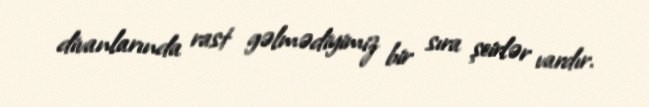
divanlarında rast gəlmədiyimiz bir sıra şeirlər vardır.